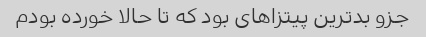
جزو بدترین پیتزا‌های بود که تا حالا خورده بودم